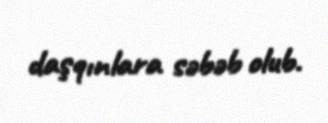
daşqınlara səbəb olub.